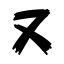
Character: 又